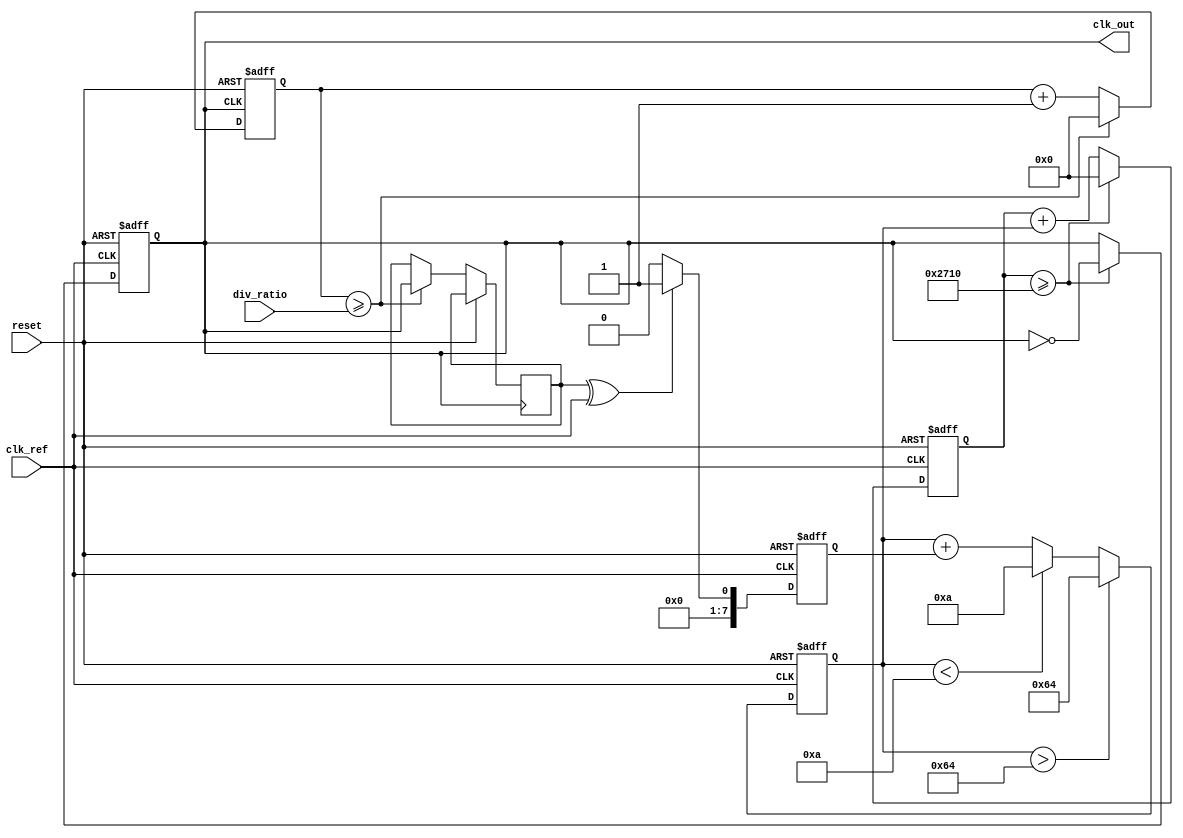
module type2_pll (
    input wire clk_ref,          // Reference clock input
    input wire reset,            // Asynchronous reset
    input wire [3:0] div_ratio,  // Programmable division ratio for feedback
    output reg clk_out           // Output clock
);

    // Parameters
    parameter PHASE_DETECTOR_WIDTH = 8; // Width of phase detector output
    parameter LOOP_FILTER_WIDTH = 16;    // Width of loop filter output
    parameter VCO_MAX_FREQ = 100;        // Maximum VCO frequency
    parameter VCO_MIN_FREQ = 10;         // Minimum VCO frequency

    // Internal signals
    reg [PHASE_DETECTOR_WIDTH-1:0] phase_error; // Phase error signal
    reg [LOOP_FILTER_WIDTH-1:0] control_voltage; // Control voltage for VCO
    reg [31:0] vco_counter;                   // VCO frequency counter
    reg [31:0] feedback_counter;              // Feedback counter
    reg vco_output;                           // VCO output signal

    // Phase Detector (PD)
    always @(posedge clk_ref or posedge reset) begin
        if (reset) begin
            phase_error <= 0;
        end else begin
            // Simple phase detector logic (XOR for demonstration)
            phase_error <= (vco_output ^ clk_ref) ? 1 : 0;
        end
    end

    // Loop Filter (Type-2)
    always @(posedge clk_ref or posedge reset) begin
        if (reset) begin
            control_voltage <= 0;
        end else begin
            // Integrate phase error and apply proportional gain
            control_voltage <= control_voltage + phase_error;
            // Limit control voltage to VCO range
            if (control_voltage > VCO_MAX_FREQ) begin
                control_voltage <= VCO_MAX_FREQ;
            end else if (control_voltage < VCO_MIN_FREQ) begin
                control_voltage <= VCO_MIN_FREQ;
            end
        end
    end

    // Voltage-Controlled Oscillator (VCO)
    always @(posedge clk_ref or posedge reset) begin
        if (reset) begin
            vco_counter <= 0;
            clk_out <= 0;
        end else begin
            // Adjust VCO frequency based on control voltage
            vco_counter <= vco_counter + control_voltage;
            if (vco_counter >= (1000000 / VCO_MAX_FREQ)) begin
                clk_out <= ~clk_out; // Toggle output clock
                vco_counter <= 0;
            end
        end
    end

    // Feedback Divider
    always @(posedge clk_out or posedge reset) begin
        if (reset) begin
            feedback_counter <= 0;
        end else begin
            feedback_counter <= feedback_counter + 1;
            if (feedback_counter >= div_ratio) begin
                feedback_counter <= 0;
                vco_output <= clk_out; // Feedback to phase detector
            end
        end
    end

endmodule